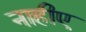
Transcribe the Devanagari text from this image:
नाहीए